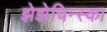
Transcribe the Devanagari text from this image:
झेझेचिन्स्का